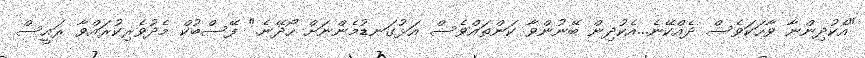
"އެކުދިންނާ ވާހަކަވެސް ދެއްކޭނެ...އެކުދިން ބޭނުންވާ ކަންތައްވެސް އަޅުގަނޑުމެންނަށް ހޯދޭނެ." ފޭސްބުކް މެދުވެރިކުރައްވާ ރައީސް